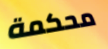
محكمة